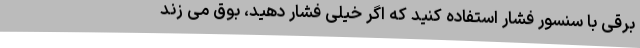
برقی با سنسور فشار استفاده کنید که اگر خیلی فشار دهید، بوق می زند